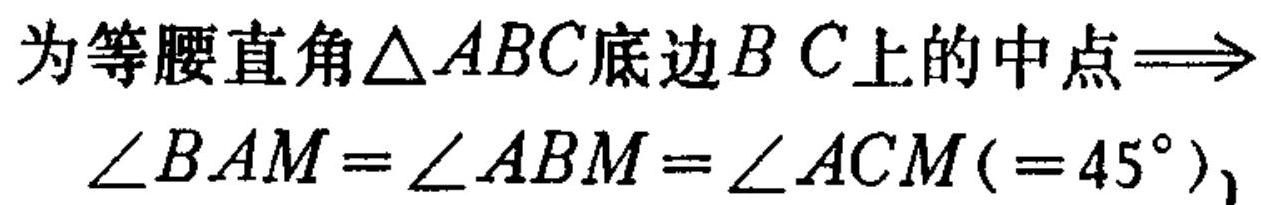
为等腰直角\(\triangle ABC\)底边\(BC\)上的中点\(\Rightarrow\)
\(\angle BAM=\angle ABM=\angle ACM( = 45^{\circ})\)